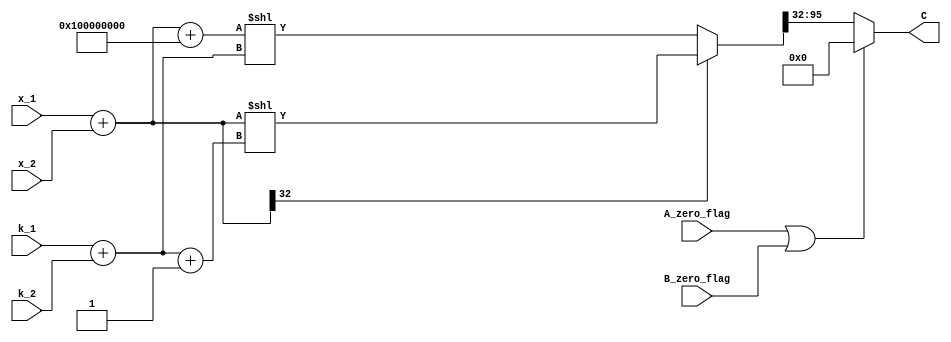
// MIT License
// 
// Copyright (c) 2021-2024 iCAS Lab
// 
// Permission is hereby granted, free of charge, to any person obtaining a copy
// of this software and associated documentation files (the "Software"), to deal
// in the Software without restriction, including without limitation the rights
// to use, copy, modify, merge, publish, distribute, sublicense, and/or sell
// copies of the Software, and to permit persons to whom the Software is
// furnished to do so, subject to the following conditions:
// 
// The above copyright notice and this permission notice shall be included in all
// copies or substantial portions of the Software.
// 
// THE SOFTWARE IS PROVIDED "AS IS", WITHOUT WARRANTY OF ANY KIND, EXPRESS OR
// IMPLIED, INCLUDING BUT NOT LIMITED TO THE WARRANTIES OF MERCHANTABILITY,
// FITNESS FOR A PARTICULAR PURPOSE AND NONINFRINGEMENT. IN NO EVENT SHALL THE
// AUTHORS OR COPYRIGHT HOLDERS BE LIABLE FOR ANY CLAIM, DAMAGES OR OTHER
// LIABILITY, WHETHER IN AN ACTION OF CONTRACT, TORT OR OTHERWISE, ARISING FROM,
// OUT OF OR IN CONNECTION WITH THE SOFTWARE OR THE USE OR OTHER DEALINGS IN THE
// SOFTWARE.

// Company: iCAS Lab, University of South Carolina
// Design Name: 
// Module Name: mitchell_multiplication_unit
// Project Name: 
// Target Devices: 
// Tool Versions: 
// Description: 
// 
// Dependencies: 
// 
// Revision:
// Revision 0.01 - File Created
// Additional Comments:
// 
//////////////////////////////////////////////////////////////////////////////////


`timescale 1ns / 1ps

module mitchell_multiplication_unit #(parameter A_BW = 32, B_BW = 32, max_op = (A_BW>B_BW)? A_BW : B_BW, log2_max = $clog2(max_op))
(
    //input [A_BW-1:0] A , 
    input [$clog2(A_BW)-1:0] k_1,
    input [$clog2(B_BW)-1:0] k_2,
    input [A_BW-1:0]         x_1,
    input [B_BW-1:0]         x_2,
    input                    A_zero_flag,
    input                    B_zero_flag,
    
    //input [B_BW-1:0] B , 
    output [(A_BW+B_BW)-1:0] C
    );


//internal signals
//wire [$clog2(A_BW)-1:0]k_1;
//wire [$clog2(B_BW)-1:0]k_2;

//wire [A_BW-1:0] LOD_A_wire;
//wire [B_BW-1:0] LOD_B_wire;

//reg [A_BW-1:0] x_1;
//reg [B_BW-1:0] x_2;
reg [log2_max:0]k_1_2;
reg [max_op:0]x_1_2;
reg [log2_max+1:0]k_1_2_new;
reg [2*max_op+max_op-1:0]internal_product;
wire [max_op-1:0]zero;
reg [A_BW-1:0] shift_A;
reg [B_BW-1:0] shift_B;
reg [(A_BW+B_BW)-1:0] C_int;
reg [(A_BW+B_BW):0]internal_sum;

assign zero =  'd0;
//modules instances
//LOD # (.n(n))LOD_A(    .A(A),    .k(k_1));

 //LOD#(.BW(A_BW))  LOD_A (.in_a(A),.out_a(LOD_A_wire));
 
// P_Encoder #(.BW(A_BW)) PE_A (.in_a(LOD_A_wire),.out_a(k_1) );

//LOD # (.n(n))LOD_B(    .A(B),    .k(k_2));
 //LOD#(.BW(B_BW))  LOD_B (.in_a(B),.out_a(LOD_B_wire));
 //P_Encoder #(.BW(B_BW)) PE_B (.in_a(LOD_B_wire),.out_a(k_2) );

//combinational logic

always@(*)
begin
    //shift_A = A_BW-k_1; //subtractor
    //shift_B = B_BW-k_2; //subtractor
    //x_1 = A << shift_A; //shifter
    //x_2 = B << shift_B; //shifting left
    k_1_2 = k_1 + k_2; //adder
    x_1_2 = x_1 + x_2; //adder
    internal_sum = x_1_2 + {1'b1 , zero}; //adder
    if(x_1_2[max_op] == 1) //mux
    begin
        k_1_2_new = k_1_2 + 1; //adder
        internal_product = x_1_2 << k_1_2_new; //shifter
    end
    else
    begin
        k_1_2_new = k_1_2;
        internal_product = internal_sum << k_1_2_new; //shifter
    end
    
    C_int = internal_product[2*max_op+max_op-1:max_op];
    /*
    if(A == 0 || B == 0)    //mux to check whether any operand is equal to zero 
    begin
        C = 0;              // If one of the operands is zero, then the output is automatically Zero and the calculations get negelected
    end
    else begin
        C = C_int;
    end                     // end else 
    */
end

assign C = (A_zero_flag|B_zero_flag)? 'd0 : C_int;

endmodule